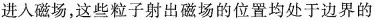
进入磁场，这些粒子射出磁场的位置均处于边界的